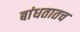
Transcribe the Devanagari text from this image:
बांधतातच